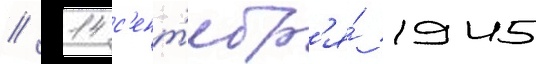
// 14 с'ент'ябр'я́ 1945